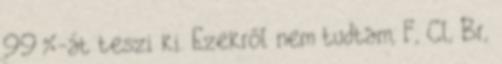
99%-át teszi ki. Ezekről nem tudtam, F, Cl, Br,